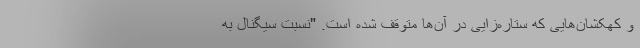
و کهکشان‌هایی که ستاره‌زایی در آن‌ها متوقف شده است. "نسبت سیگنال به